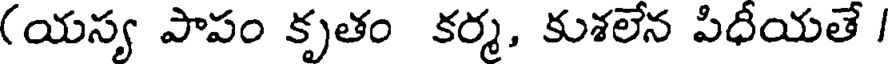
(యస్య పాపం కృతం కర్మ, కుశలేన పిధీయతే /